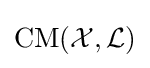
\operatorname {CM} ({\mathcal {X}},{\mathcal {L}})